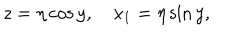
LaTeX: z = \eta \cos y , \quad x _ { 1 } = \eta \sin y ,